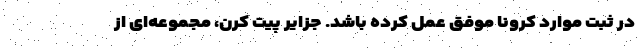
در ثبت موارد کرونا موفق عمل کرده باشد. جزایر پیت کرن، مجموعه‌ای از